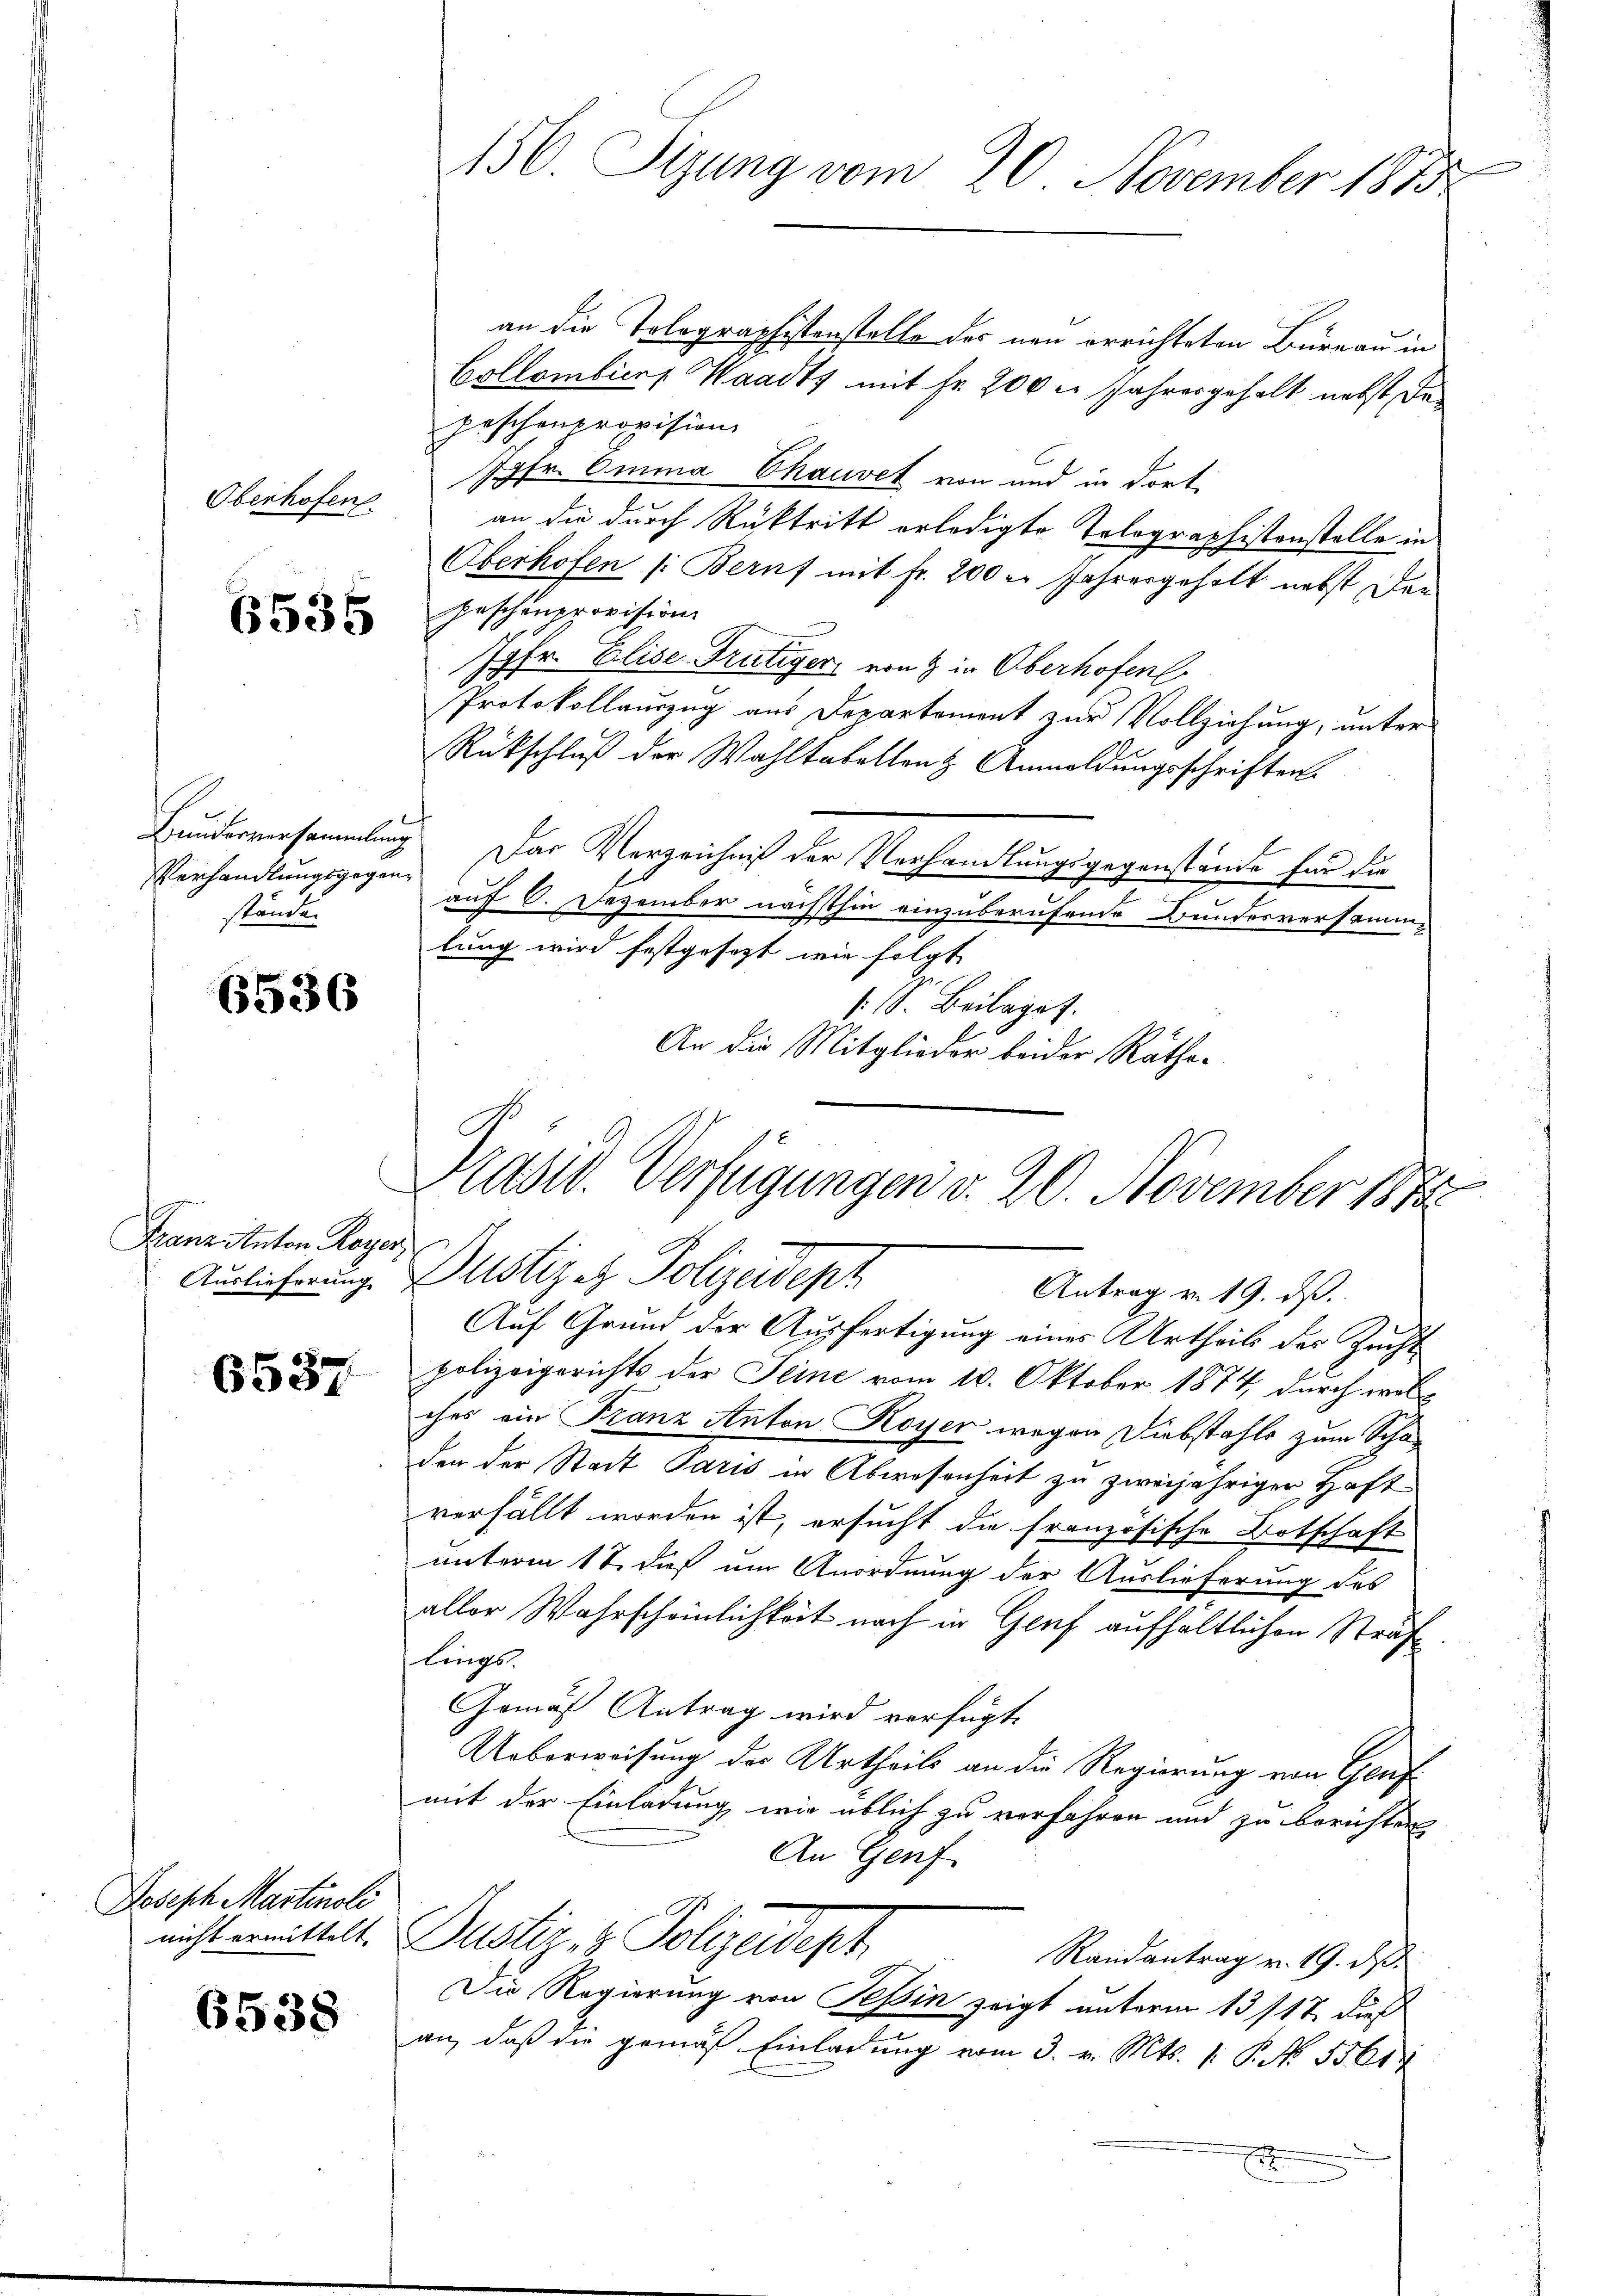
Oberhofen.

6535

Verhandlungsgegenständen

6536

Franz Anton Royer,
Auslieferung.

6537

Joseph Martinoli
nicht ermittelt.

6538

an die Tolographistenstelle des neu errichteten Bureau in
Bollombica, Waadts mit Fr. 200 l. Jahresgehalt nebst, das
peschenprovision
Jgfr. Omina Chauvet von und in dort
an die durch Rücktritt erledigte Tolographistenstelle in
Oberhofen /: Beruf mit Fr. 200 l. Jahresgeholt nebst der
geschänzporision
Jgfr. Elise Frutiger von & in Oberhofen
Protokollauszug aus Departement zur Vollziehung, unter
Rückschluß der Wahlkabellenz Anmeldungsschriften.
Bundesversammlung. Das Verzeichniß der Verhandlungsgegenstände für die
auf 6. Dezember nächsthin einzuberufende Bundesversammlung wird festgesezt wie folgt |
s. S. Beilaget.
An die Mitglieder beider Räthe.
Auf Grund der Ausfertigung eines Urtheils des Zucht
polizeigerichts der Seine vom 10. Oktober 1874, durch welches ein Franz Anton Royer wegen Diebstahls zum Schaden der Stadt Paris in Abwesenheit zu zweijähriger Haft
verfällt worden ist, ersucht die französische Botschaft
unterm 17. dieß um Anordnung der Auslieferung des
aller Wahrscheinlichkeit nach in Genf aufhältlichen Straf
lings
Gemäß Antrag wird verfügt:
Ueberweisung des Urtheils an die Regierung von Genf
mit der Einladung wie üblich zu verfahren und zu berichten
An Genf
Justiz & Polizeidept
Randantrag v. 19. d.
Die Regierung von Tessin zeigt unterm 13/17 dieß
an, daß die gemäß Einladung vom 3. v. Mts. 1. P. No. 5561

156. Sizung vom 20. November 1890

e
Präsid. Verfügungen v. 20. November 1874
Bustizes Polizadept
Antrag v. 19. ds.